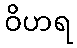
ဝိဟရ